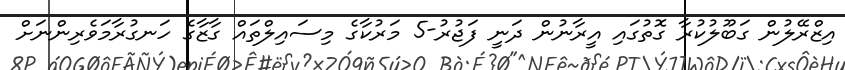
އިޒްރޭލުން ގަބޫލުކުރާ ގޮތުގައި އީރާނުން ދަނީ ފަޖުރު-5 މަރުކާގެ މިސައިލްތައް ގާޒާގެ ހަނގުރާމަވެރިންނަށް